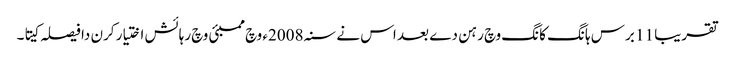
تقریبا 11 برس ہانگ کانگ وچ رہن دے بعد اس نے سنہ 2008ء وچ ممبئی وچ رہائش اختیار کرن دا فیصلہ کیتا۔